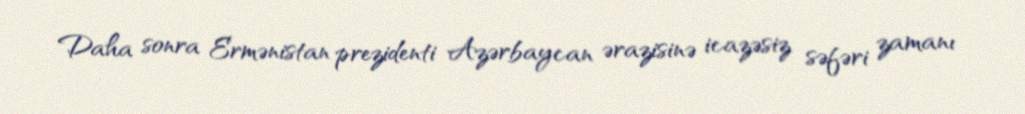
Daha sonra Ermənistan prezidenti Azərbaycan ərazisinə icazəsiz səfəri zamanı